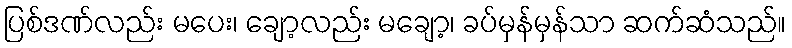
ပြစ်ဒဏ်လည်း မပေး၊ ချော့လည်း မချော့၊ ခပ်မှန်မှန်သာ ဆက်ဆံသည်။